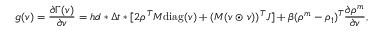
g ( v ) = \frac { \partial \Gamma ( v ) } { \partial v } = h d * \Delta t * [ 2 \rho ^ { T } M \mathrm { d i a g } ( v ) + ( M ( v \odot v ) ) ^ { T } J ] + \beta ( \rho ^ { m } - \rho _ { 1 } ) ^ { T } \frac { \partial \rho ^ { m } } { \partial v } ,